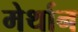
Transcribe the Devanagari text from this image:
मेर्थान